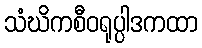
သံဃိကစီဝရုပ္ပါဒကထာ